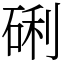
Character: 䂰